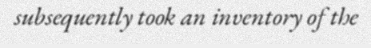
subsequently took an inventory of the